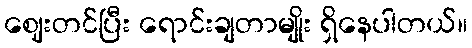
ဈေးတင်ပြီး ရောင်းချတာမျိုး ရှိနေပါတယ်။